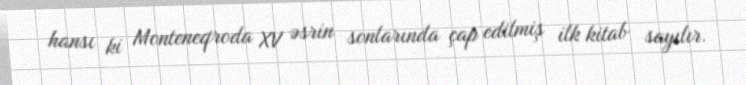
hansı ki Monteneqroda XV əsrin sonlarında çap edilmiş ilk kitab sayılır.